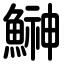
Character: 鰰